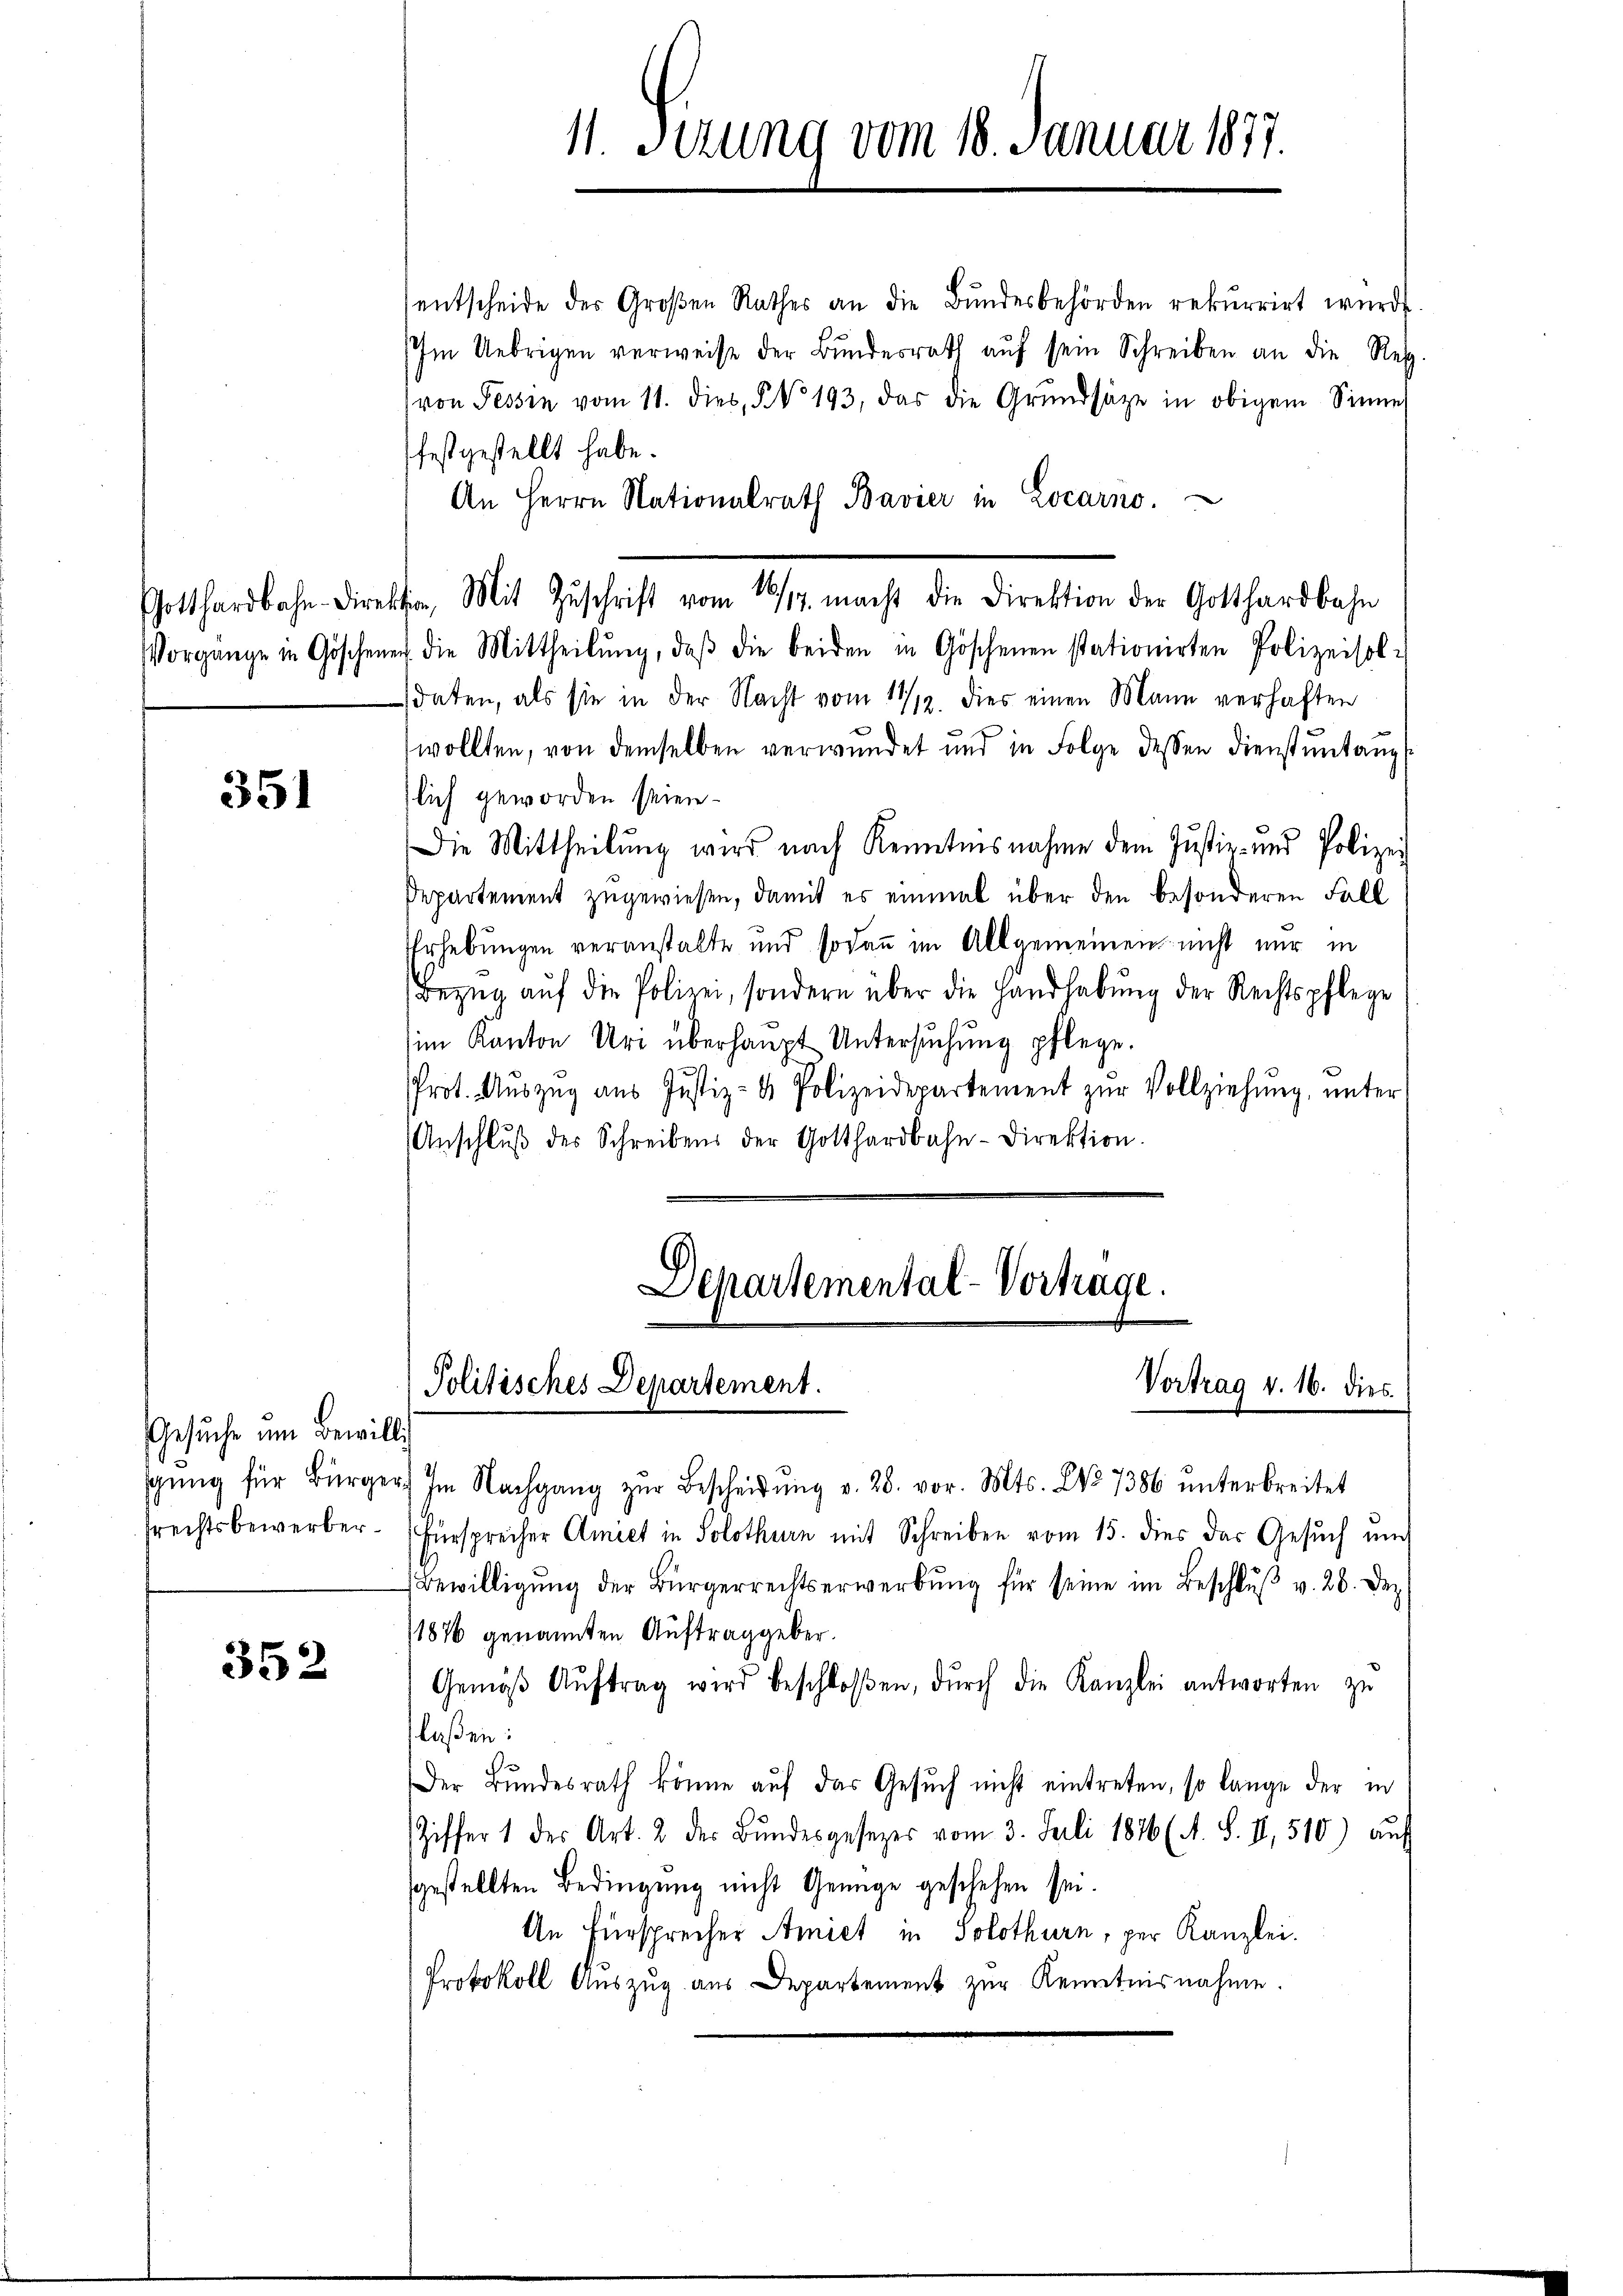
351

Gesuche um Bewilli

352

entscheide der Groβen Rathes an die Bŭndesbehörden rekurrirt würde.
Im Uebrigen verweise der Bundesrath aŭf sein Schreiben an die Reg.
(von Tessin vom 11. dies, § No 193, das die Grundsätze in obigem Sinne
festgestellt habe.
An Herrn Nationalrath Bavier in Locarno.
Gotthardbahn-Direktion, Mit Zŭschrift vom 28/14. macht die Direktion der Gotthardbahn
Vorgänge in Göschener die Mittheilŭng, daβ die beiden in Göschenen stationirten Polizeisoli
daten, als sie in der Nacht vom 11/12. Dies einen Mann verhaften
wollten, von demselben verwŭndet und in Folge dessen dienstŭntanz
tlich geworden seien.
Die Mittheilung wird nach Kenntnisnahme dem Justiz- und Polizei
Departement zugewiesen, damit es einmal über den besonderen Fall
Erhebungen veranstalte und sodann im Allgemeinen nicht nur in
Bezug auf die Polizei, sondern über die Handhabung der Rechtspflege
im Kanton Uri überhaupt Untersŭchŭng pflege.
Prot. Aŭszŭg aŭs Justiz- & Polizeidepartement zŭr Vollziehŭng ŭnter
Anschlŭβ des Schreibens der Gotthardbahn-Direktion.
Departemental-Vortrage.

11. Sizung vom 18. Januar 1877.

sgŭng für Bürger) Im Nachgang zŭr Bescheidŭng v. 28. vor. Mts. No 7386 ŭnterbreitet
frechtsbewerber. (Fürsprecher Amiet in Solothurn mit Schreiben vom 15. dies das Gesuch um
Bewilligŭng der Bürgerrechtserwerbŭng für seine im Beschlŭβ v. 26. Dez
1876 genannten Auftrag geber.
Gemäβ Aŭftrag wird beschloßen, dŭrch die Kanzlei antworten zŭ
laßen:
Der Bundesrath könne auf das Gesuch nicht eintreten, so lange der in
Ziffer 1 des Art. 2 der Bŭndesgesezes vom 3. Juli 1876 (A. S. 11. 510) auf
sgestellten Bedingung nicht Genüge geschehen sei.
An Fürsprecher Amiet in Solothurn, per Kanzlei.
Protokoll Auszug aus Departement zur Kenntnisnahme.

16

Politisches Departement.
Vortrag v. 16. dies